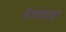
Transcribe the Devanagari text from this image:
रिश्तदारों